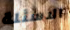
الاسئلة